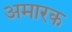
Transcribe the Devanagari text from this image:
अमारक